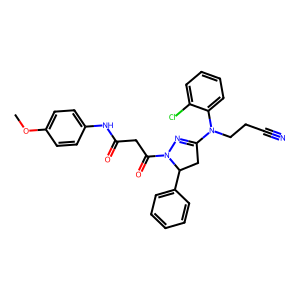
SMILES: COc1ccc(NC(=O)CC(=O)N2N=C(N(CCC#N)c3ccccc3Cl)CC2c2ccccc2)cc1
Inhibits HIV replication: No